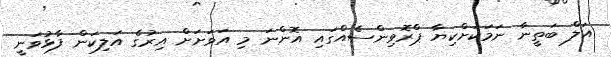
އަލް ބަތީނާ ނަމަކަށްކިޔާ ޕްރޮވިންސެއްގައި އޮންނަ މި އަވަށަށް އިރުގެ އަލިކަން ފާޅުވަނީ